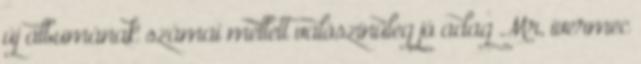
új albumának számai mellett valószínűleg jó adag Mr, ivermec